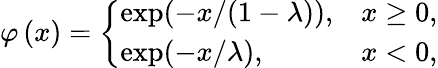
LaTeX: \varphi\left(x\right)=\left\{ \begin{array}{ll}{\exp(-x/(1-\lambda)),}&{x\geq 0,}\\ {\exp(-x/\lambda),}&{x<0,}\end{array}\right.